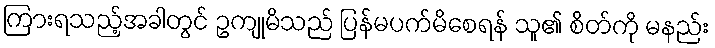
ကြားရသည့်အခါတွင် ဥကျုမိသည် ပြန်မပက်မိစေရန် သူ၏ စိတ်ကို မနည်း